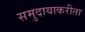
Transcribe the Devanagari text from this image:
समुदायाकरीता